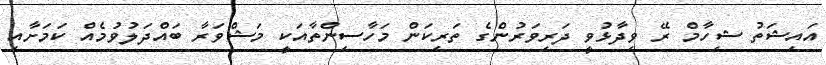
އައިޝަތު ޝިހާމް ރޭ ވިދާޅުވީ ދަރިވަރުންގެ ތަރިކަން މަހާސިންތާއަކީ މަޝްވަރާ ބައްދަލުވުމެއް ކަމަށާއި